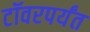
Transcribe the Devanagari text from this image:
टॉवरपर्यंत